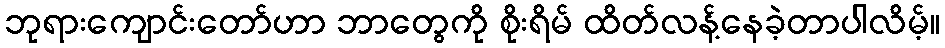
ဘုရားကျောင်းတော်ဟာ ဘာတွေကို စိုးရိမ် ထိတ်လန့်နေခဲ့တာပါလိမ့်။